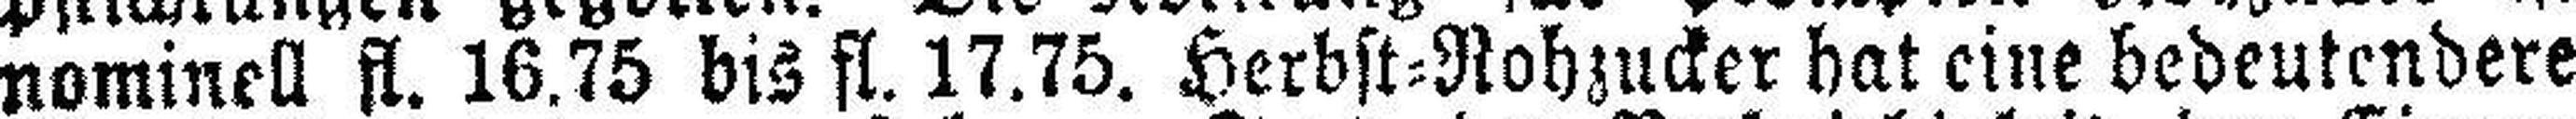
nominell fl. 16.75 bis fl. 17.75. Herbst-Rohzucker hat eine bedeutendere